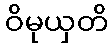
ဝိမုယှတိ